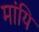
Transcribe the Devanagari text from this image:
मांयि